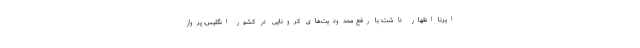
ایرنا اظهار داشت: با رفع محدودیت‌های کرونایی در کشور انگلیس، پرواز